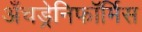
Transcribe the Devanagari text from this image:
अँचड्रेनिफॉर्मिस